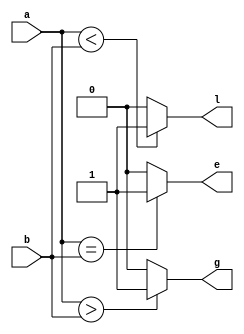
module comparator(a,b,l,e,g);
input [3:0]a;
input [3:0]b;
output l,e,g;
reg l,e,g;

always @(a,b)
begin
    if(a < b)
    l = 1'b1;
    else
    l = 1'b0;

    if(a == b)
    e = 1'b1;
    else
    e = 1'b0;

    if(a>b)
    g = 1'b1;
    else
    g = 1'b0;
end
endmodule

module test;
wire l,e,g;
reg [3:0]a;
reg [3:0]b;


comparator c1(a,b,l,e,g);

initial
begin
    $dumpfile("2g_comparator.vcd");
    $dumpvars(0,test);

    #5 begin a = 4'b1111; b = 4'b1100; end
    #5 begin a = 4'b1111; b = 4'b1111; end
    #5 begin a = 4'b0000; b = 4'b1111; end
    #5 $finish;
end

always @(a,b)
$strobe("At time = (%0t),a = (%b),b = (%b),l = (%b),e = (%b),g = (%b)",$time,a,b,l,e,g);

endmodule